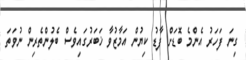
ގިނަ ފަހަރު އެންމެ ބޮޑަށް ފާޑު ކިޔުން އަމާޒުވާ ޚަބަރުގައިވެސް ބެލުންތެރިން ނުވަތަ